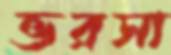
ভরসা